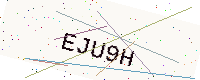
Text: EJU9H